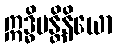
ဣဒ္ဓိမန္တိနိယော